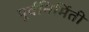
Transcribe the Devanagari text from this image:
पूर्वनिर्मिती